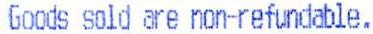
GOODS SOLD ARE NON-REFUNDABLE.